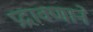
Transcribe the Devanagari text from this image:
प्रद्रावणाने